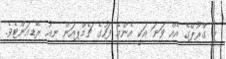
މި ގްރޫޕްގެ އެއް ވަނަ އަކީ އެންމެ ފަހުގެ ޗެމްޕިއަން ނިއު ރޭޑިއަންޓެވެ.